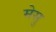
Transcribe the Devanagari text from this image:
मेसु